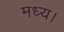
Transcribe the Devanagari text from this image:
मध्य।